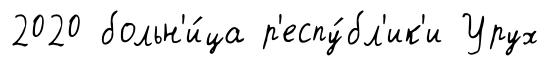
2020 больн'и́ца р'еспу́бл'ик'и Урух